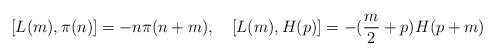
LaTeX: \begin{align*}[L(m),\pi(n)] = -n\pi(n+m),\quad [L(m),H(p)] = -(\frac{m}{2} + p)H(p+m)\end{align*}